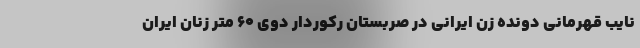
نایب قهرمانی دونده زن ایرانی در صربستان رکوردار دوی ۶۰ متر زنان ایران